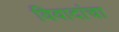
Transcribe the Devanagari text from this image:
विवादांचा